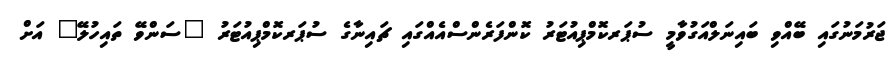
ޖަރުމަނުގައި ބޭއްވި ބައިނަލްއަގުވާމީ ސުޕަރކޮމްޕިއުޓަރު ކޮންފަރެންސްއެއްގައި ޗައިނާގެ ސުޕަރކޮމްޕިއުޓަރު "ސަންވޭ ތައިހުލޭ" އަށް